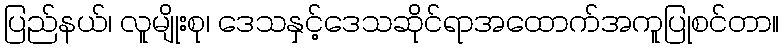
ပြည်နယ်၊ လူမျိုးစု၊ ဒေသနှင့်ဒေသဆိုင်ရာအထောက်အကူပြုစင်တာ။